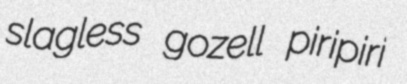
slagless gozell piripiri